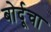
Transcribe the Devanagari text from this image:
बोर्दूचा